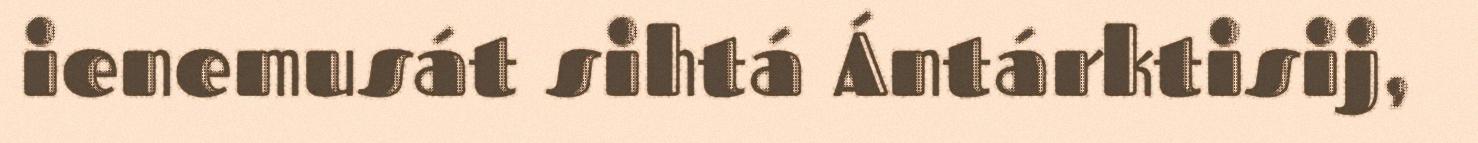
ienemusát sihtá Ántárktisij,